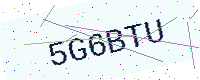
Text: 5G6BTU